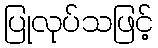
ပြုလုပ်သဖြင့်